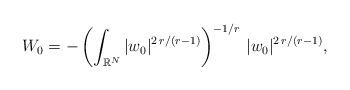
LaTeX: \begin{align*}W_0=-\left(\int_{\mathbb{R}^N} |w_0|^{2\,r/(r-1)}\right)^{-1/r}\,|w_0|^{2\,r/(r-1)},\end{align*}